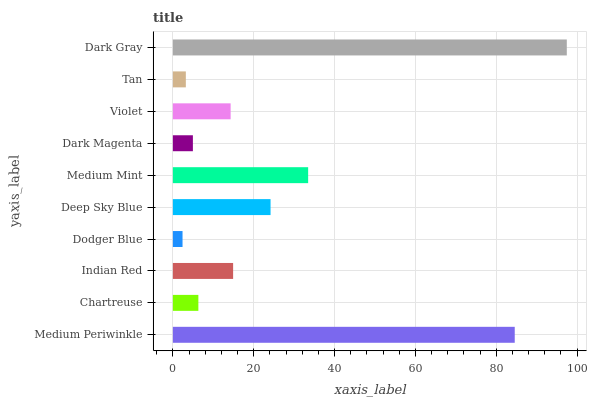
| yaxis_label | bars |
 | --- | --- |
 | Medium Periwinkle | 84.6 |
 | Chartreuse | 6.31 |
 | Indian Red | 14.9 |
 | Dodger Blue | 2.39 |
 | Deep Sky Blue | 24.2 |
 | Medium Mint | 33.5 |
 | Dark Magenta | 4.96 |
 | Violet | 14.3 |
 | Tan | 3.21 |
 | Dark Gray | 97.5 |